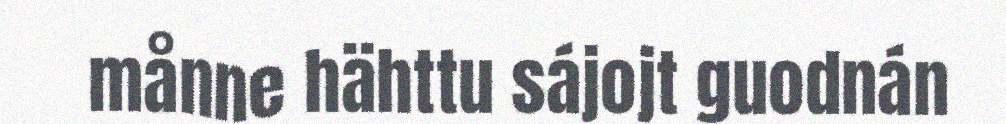
månne hähttu sájojt guodnán